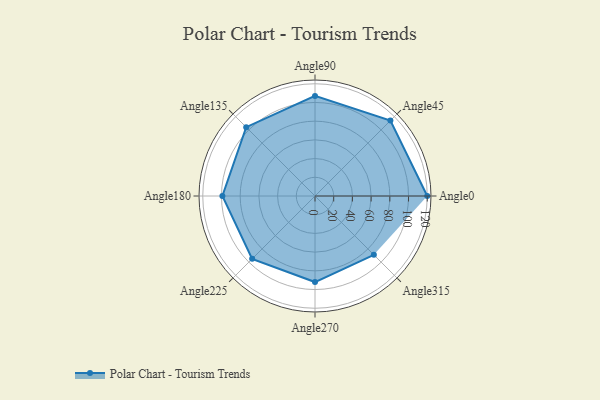
{"axis": {"x": "Angle", "y": "Radius"}, "legend": [""], "data": [{"x": "Angle0", "y": 120.0, "type": ""}, {"x": "Angle45", "y": 114.0, "type": ""}, {"x": "Angle90", "y": 107.0, "type": ""}, {"x": "Angle135", "y": 104.0, "type": ""}, {"x": "Angle180", "y": 99.0, "type": ""}, {"x": "Angle225", "y": 95.0, "type": ""}, {"x": "Angle270", "y": 92.0, "type": ""}, {"x": "Angle315", "y": 89.0, "type": ""}]}